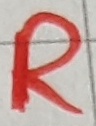
Text: R